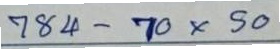
784 - 70x50